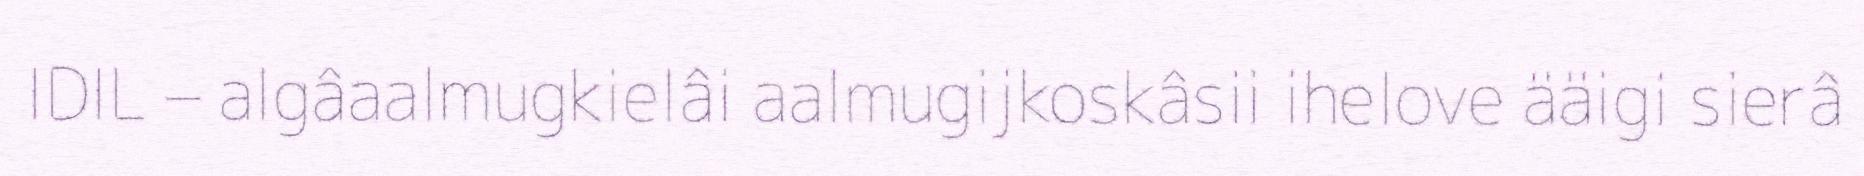
IDIL – algâaalmugkielâi aalmugijkoskâsii ihelove ääigi sierâ